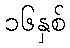
၁၆နှစ်